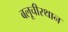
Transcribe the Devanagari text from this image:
बलूचीस्थान